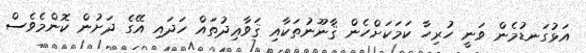
އަޅުގަނޑުމެން ވަނީ ހުރިހާ ކަމަކަށްހެން ޤާނޫނުތަކާއި ޤަވާޢިދުތައް ހަދައި އޭގެ ދަށުން ކޮންމެވެސް